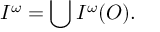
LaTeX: { \cal I } ^ { \omega } = \bigcup { \cal I } ^ { \omega } ( { \cal O } ) .